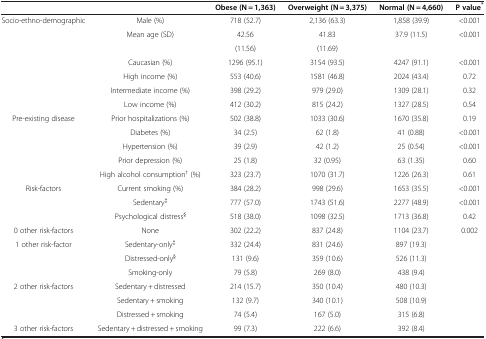
<table><thead><tr><td><b> </b></td><td><b> </b></td><td><b>Obese (N = 1,363)</b></td><td><b>Overweight (N = 3,375)</b></td><td><b>Normal (N = 4,660)</b></td><td><b>P value<sup>*</sup></b></td></tr></thead><tbody><tr><td>Socio-ethno-demographic</td><td>Male (%)</td><td>718 (52.7)</td><td>2,136 (63.3)</td><td>1,858 (39.9)</td><td>&lt;0.001</td></tr><tr><td> </td><td>Mean age (SD)</td><td>42.56</td><td>41.83</td><td>37.9 (11.5)</td><td>&lt;0.001</td></tr><tr><td> </td><td> </td><td>(11.56)</td><td>(11.69)</td><td> </td><td> </td></tr><tr><td> </td><td>Caucasian (%)</td><td>1296 (95.1)</td><td>3154 (93.5)</td><td>4247 (91.1)</td><td>&lt;0.001</td></tr><tr><td> </td><td>High income (%)</td><td>553 (40.6)</td><td>1581 (46.8)</td><td>2024 (43.4)</td><td>0.72</td></tr><tr><td> </td><td>Intermediate income (%)</td><td>398 (29.2)</td><td>979 (29.0)</td><td>1309 (28.1)</td><td>0.32</td></tr><tr><td> </td><td>Low income (%)</td><td>412 (30.2)</td><td>815 (24.2)</td><td>1327 (28.5)</td><td>0.54</td></tr><tr><td>Pre-existing disease</td><td>Prior hospitalizations (%)</td><td>502 (38.8)</td><td>1033 (30.6)</td><td>1670 (35.8)</td><td>0.19</td></tr><tr><td> </td><td>Diabetes (%)</td><td>34 (2.5)</td><td>62 (1.8)</td><td>41 (0.88)</td><td>&lt;0.001</td></tr><tr><td> </td><td>Hypertension (%)</td><td>39 (2.9)</td><td>42 (1.2)</td><td>25 (0.54)</td><td>&lt;0.001</td></tr><tr><td> </td><td>Prior depression (%)</td><td>25 (1.8)</td><td>32 (0.95)</td><td>63 (1.35)</td><td>0.60</td></tr><tr><td> </td><td>High alcohol consumption<sup>†</sup> (%)</td><td>323 (23.7)</td><td>1070 (31.7)</td><td>1226 (26.3)</td><td>0.61</td></tr><tr><td>Risk-factors</td><td>Current smoking (%)</td><td>384 (28.2)</td><td>998 (29.6)</td><td>1653 (35.5)</td><td>&lt;0.001</td></tr><tr><td> </td><td>Sedentary<sup>‡</sup></td><td>777 (57.0)</td><td>1743 (51.6)</td><td>2277 (48.9)</td><td>&lt;0.001</td></tr><tr><td> </td><td>Psychological distress<sup>§</sup></td><td>518 (38.0)</td><td>1098 (32.5)</td><td>1713 (36.8)</td><td>0.42</td></tr><tr><td>0 other risk-factors</td><td>None</td><td>302 (22.2)</td><td>837 (24.8)</td><td>1104 (23.7)</td><td>0.002</td></tr><tr><td>1 other risk-factor</td><td>Sedentary-only<sup>‡</sup></td><td>332 (24.4)</td><td>831 (24.6)</td><td>897 (19.3)</td><td> </td></tr><tr><td> </td><td>Distressed-only<sup>§</sup></td><td>131 (9.6)</td><td>359 (10.6)</td><td>526 (11.3)</td><td> </td></tr><tr><td> </td><td>Smoking-only</td><td>79 (5.8)</td><td>269 (8.0)</td><td>438 (9.4)</td><td> </td></tr><tr><td>2 other risk-factors</td><td>Sedentary + distressed</td><td>214 (15.7)</td><td>350 (10.4)</td><td>480 (10.3)</td><td> </td></tr><tr><td> </td><td>Sedentary + smoking</td><td>132 (9.7)</td><td>340 (10.1)</td><td>508 (10.9)</td><td> </td></tr><tr><td> </td><td>Distressed + smoking</td><td>74 (5.4)</td><td>167 (5.0)</td><td>315 (6.8)</td><td> </td></tr><tr><td>3 other risk-factors</td><td>Sedentary + distressed + smoking</td><td>99 (7.3)</td><td>222 (6.6)</td><td>392 (8.4)</td><td> </td></tr></tbody></table>